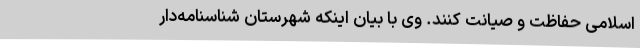
اسلامی حفاظت و صیانت کنند. وی با بیان اینکه شهرستان شناسنامه‌دار